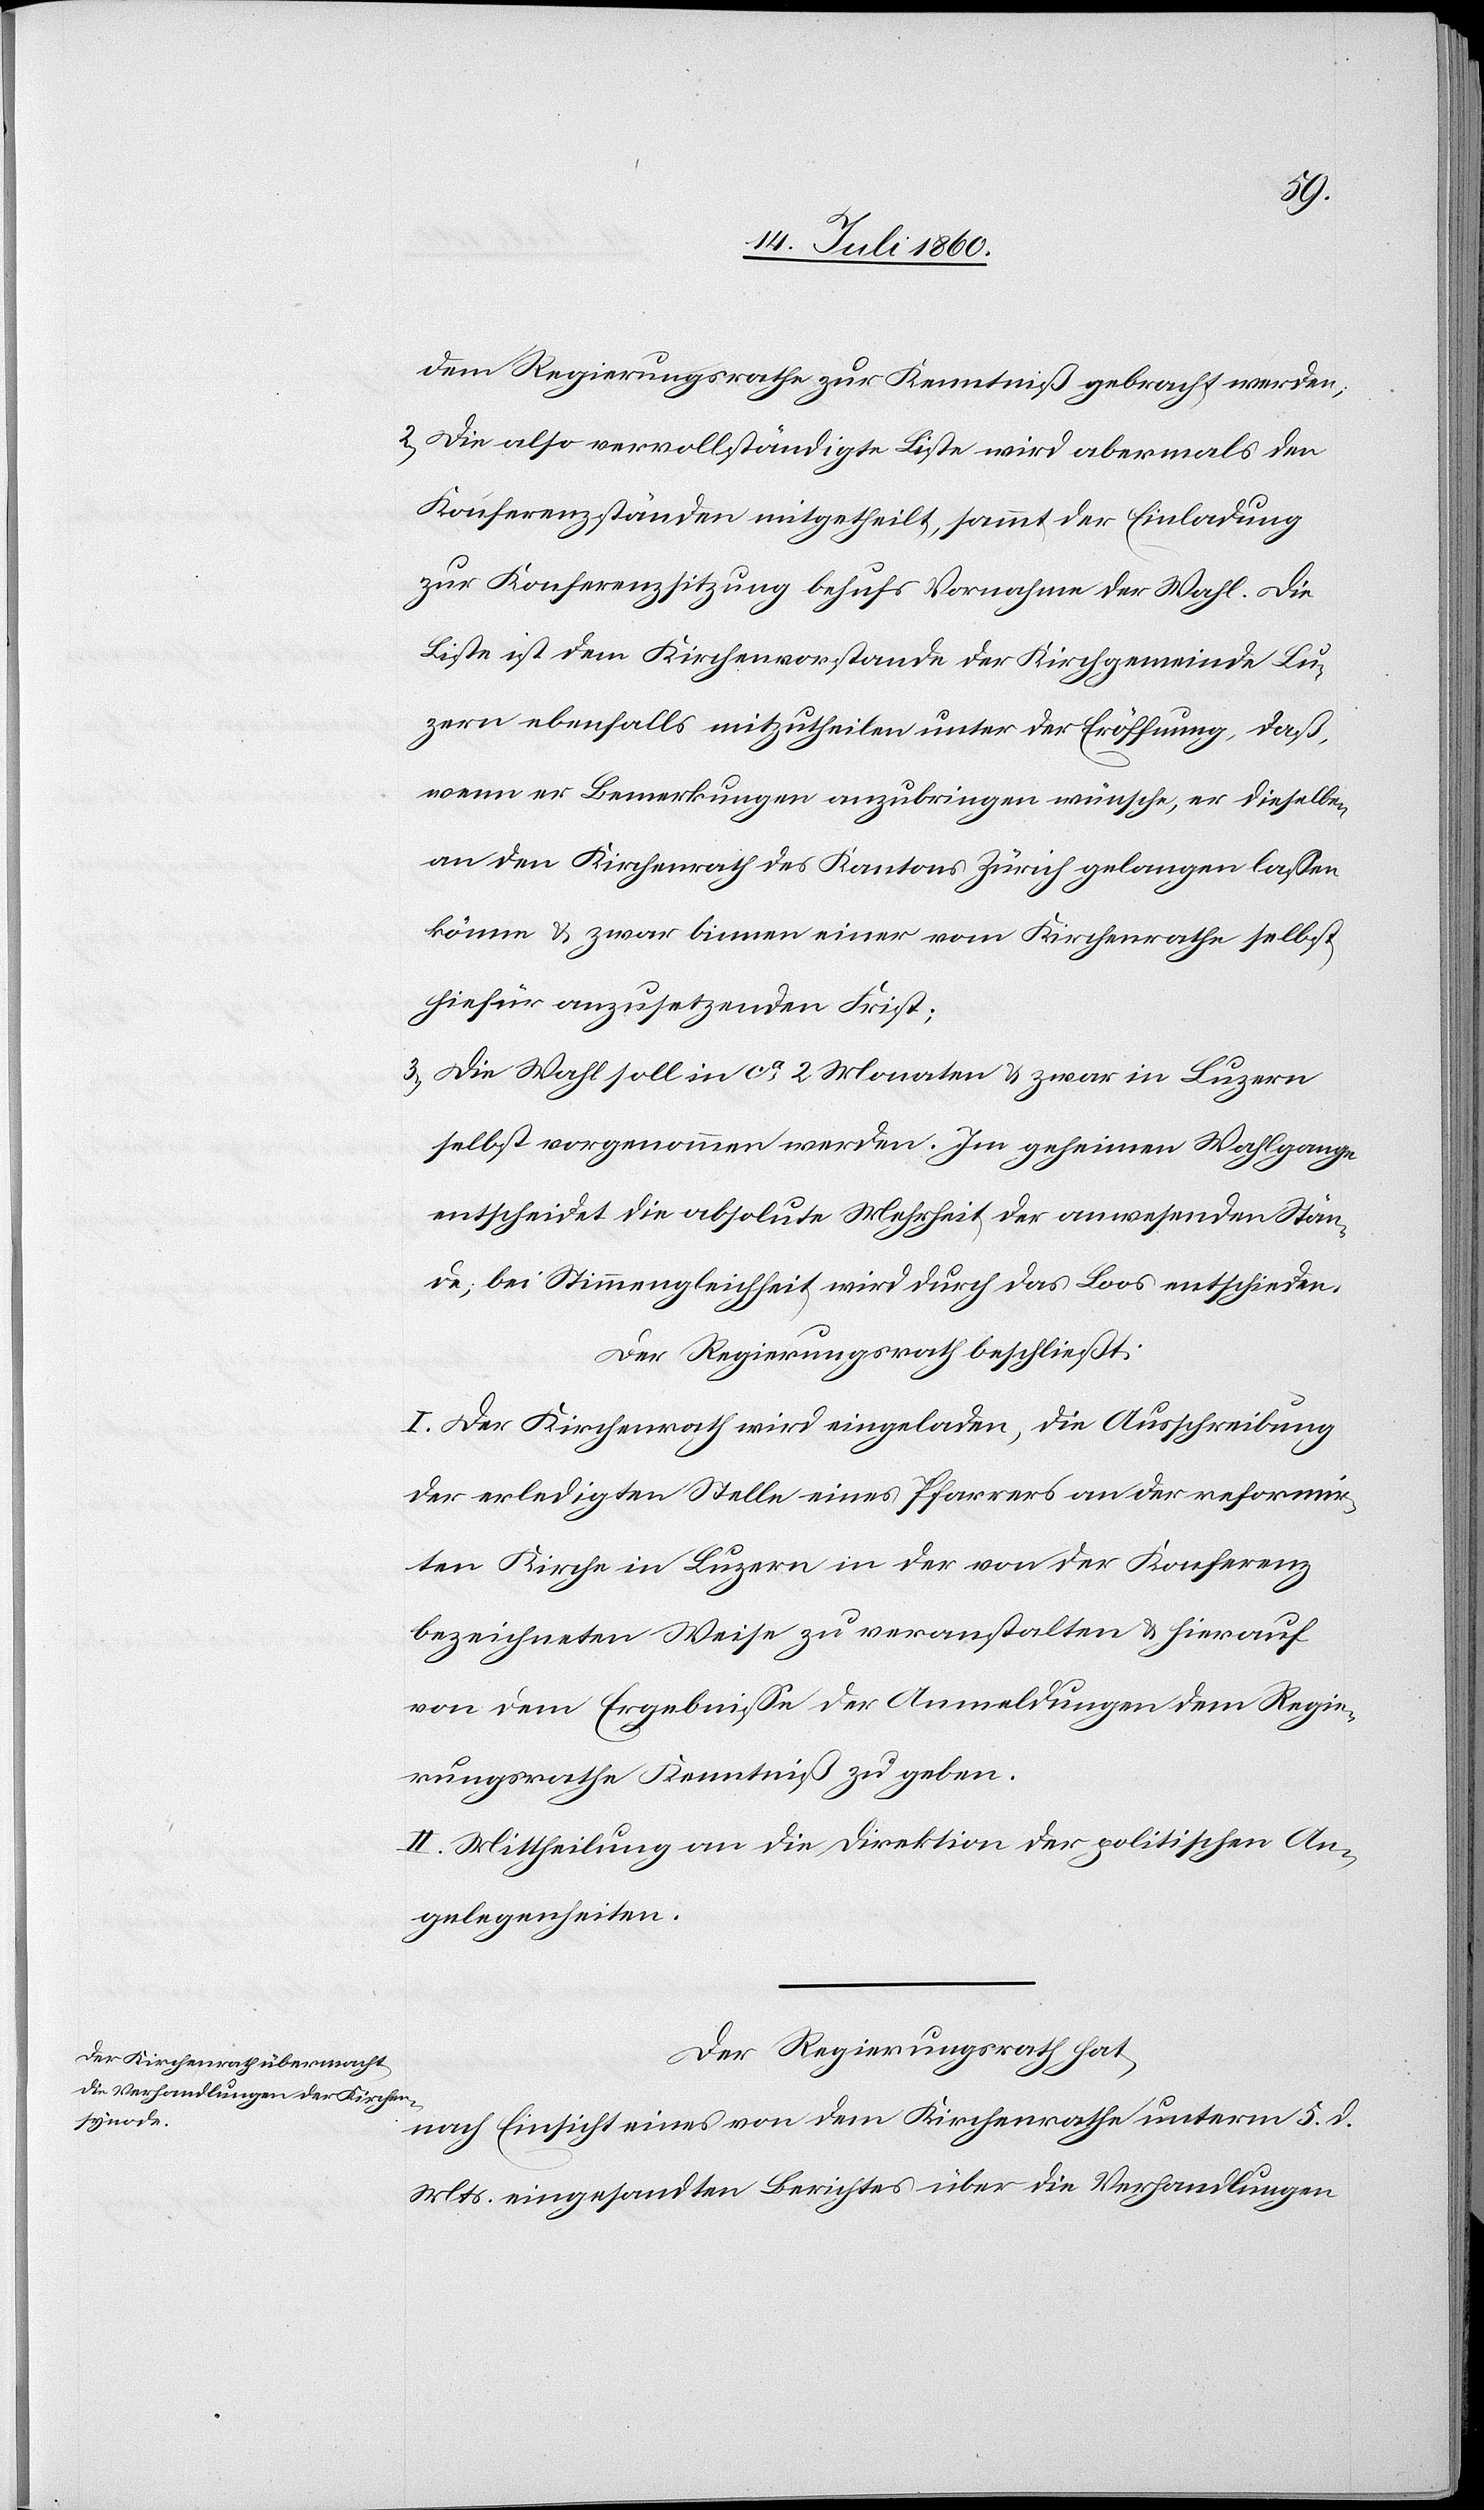
dem Regierungsrathe zur Kenntniß gebracht werden;
2. Die also vervollständigte Liste wird abermals den
Konferenzständen mitgetheilt, sammt der Einladung
zur Konferenzsitzung behufs Vornahme der Wahl. Die
Liste ist dem Kirchenvorstande der Kirchgemeinde Lu¬
zern ebenfalls mitzutheilen unter der Eröffnung, daß,
wenn er Bemerkungen anzubringen wünsche, er dieselben
an den Kirchenrath des Kantons Zürich gelangen lassen
könne & zwar binnen einer vom Kirchenrathe selbst
hiefür anzusetzenden Frist;
3. Die Wahl soll in ca. 2 Monaten & zwar in Luzern
selbst vorgenommen werden. Im geheimen Wahlgange
entscheidet die absolute Mehrheit der anwesenden Stän¬
de; bei Stimmengleichheit wird durch das Loos entschieden.
Der Regierungsrath beschließt:
I. Der Kirchenrath wird eingeladen, die Ausschreibung
der erledigten Stelle eines Pfarrers an der reformir¬
ten Kirche in Luzern in der von der Konferenz
bezeichneten Weise zu veranstalten & hierauf
von dem Ergebnisse der Anmeldungen dem Regie¬
rungsrathe Kenntniß zu geben.
II. Mittheilung an die Direktion der politischen An¬
gelegenheiten.
Der Regierungsrath hat,
nach Einsicht eines von dem Kirchenrathe unterm 5. d.
Mts. eingesandten Berichtes über die Verhandlungen